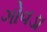
ગોવડા